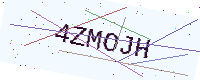
Text: 4ZMOJH